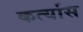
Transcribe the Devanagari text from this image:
कर्त्यास